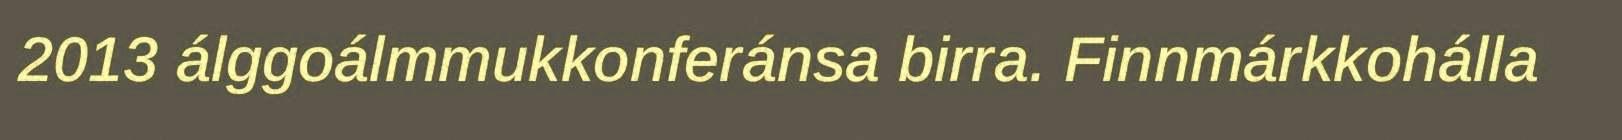
2013 álggoálmmukkonferánsa birra. Finnmárkkohálla